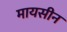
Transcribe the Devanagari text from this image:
मायसीन